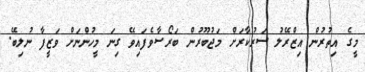
މީގެ އިތުރުން އިޒްރޭލު ސަރުކާރަށް މަޖުބޫރުން ބަރޯސާވެފައިވޭ ގިނަ މީހުންނަށް ވަޒީފާ ނުލިބޭ.